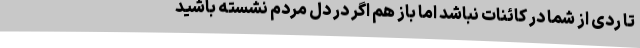
تا ردی از شما در کائنات نباشد اما باز هم اگر در دل مردم نشسته باشید